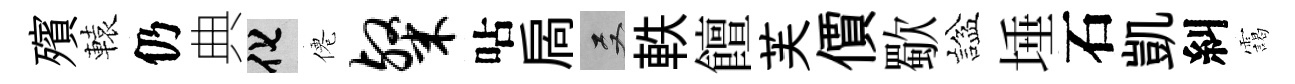
殯轅仍典化僊粲呫扄双軼饘芙價歜諡埵石凱糾靄